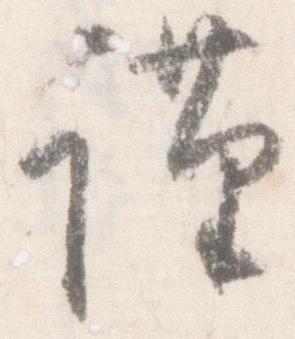
謹